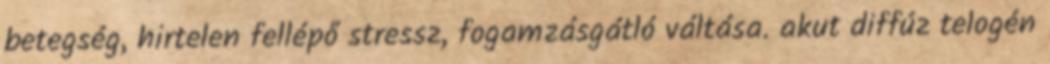
betegség, hirtelen fellépő stressz, fogamzásgátló váltása. akut diffúz telogén